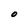
Character: O